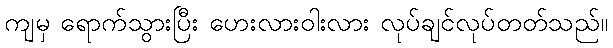
ကျမှ ရောက်သွားပြီး ဟေးလားဝါးလား လုပ်ချင်လုပ်တတ်သည်။